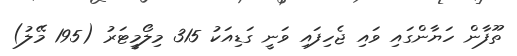
ތޫފާން ހަޔާންގައި ވައި ޖެހިފައި ވަނީ ގަޑިއަކު 315 މިލޯމީޓަރު (195 މޭލު)